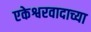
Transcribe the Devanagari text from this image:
एकेश्वरवादाच्या